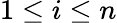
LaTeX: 1\leq i\leq n